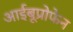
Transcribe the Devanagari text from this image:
आईबूप्रोफेन